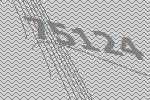
75124